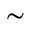
\sim